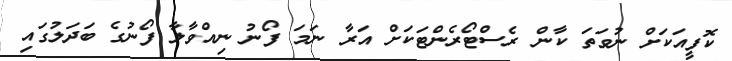
ކޮފީއަކަށް ނުވަތަ ކާން ރެސްޓޯރެންޓަކަށް އަރާ ނަމަ ފޯނު ނިއްވާލާ ފޯނުގެ ބަދަލުގައި